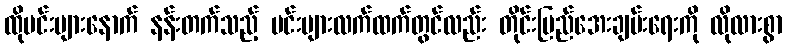
ထိုမင်းများနောက် နန်းတက်သည့် မင်းများလက်ထက်တွင်လည်း တိုင်းပြည်အေးချမ်းရေးကို လိုလားစွာ